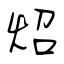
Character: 炤